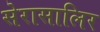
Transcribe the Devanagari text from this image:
सेरासालिर